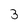
Character: 3